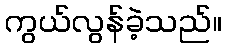
ကွယ်လွန်ခဲ့သည်။